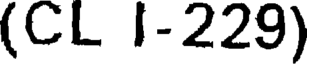
(CL I-229)